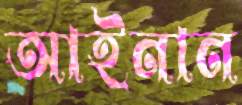
আইনান